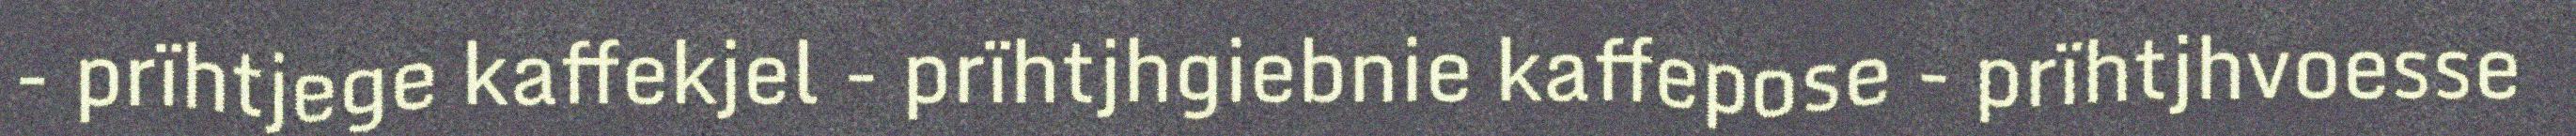
- prïhtjege kaffekjel - prïhtjhgiebnie kaffepose - prïhtjhvoesse